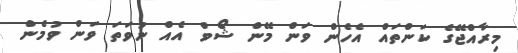
މިރާއްޖޭގެ ކަންތައް އެހެން ވަން މޭން ޝޯވް އެއް ނުވަތަ ވަން ވުމެން